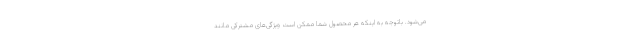
می‌شود. باتوجه به اینکه هر محصول شما ممکن است ویژگی‌های مشترکی مانند